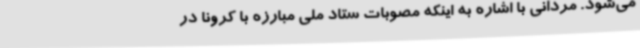
می‌شود. مردانی با اشاره به اینکه مصوبات ستاد ملی مبارزه با کرونا در